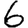
Digit: 6